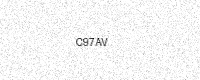
Text: C97AV